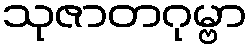
သုဇာတဂုမ္ဗာ